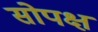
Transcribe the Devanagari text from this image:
सोपक्ष